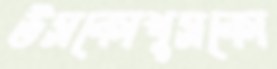
উসকোখুসকো